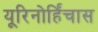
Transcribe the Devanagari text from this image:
यूरिनोर्हिंचास